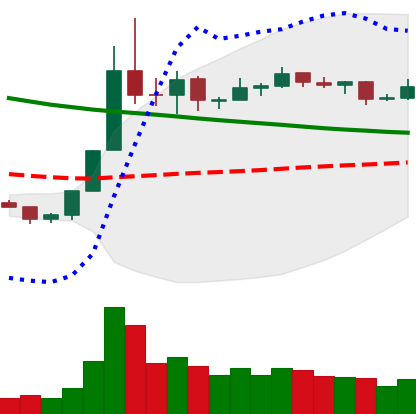
Ticker: NEO-USD
Chart end date: 2019-11-10
Forward return: 9.074%
Label: up_7plus